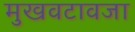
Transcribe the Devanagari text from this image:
मुखवटावजा